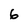
Character: 6